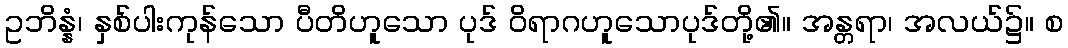
ဥဘိန္နံ၊ နှစ်ပါးကုန်သော ပီတိဟူသော ပုဒ် ဝိရာဂဟူသောပုဒ်တို့၏။ အန္တရာ၊ အလယ်၌။ စ